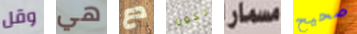
وقل هي دع تكون مسمار صحيح